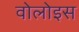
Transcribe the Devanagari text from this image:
वोलोइस